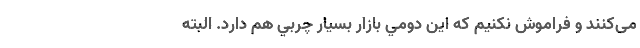
می‌کنند و فراموش نکنیم که اين دومي بازار بسيار چربي هم دارد. البته